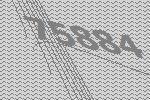
75884